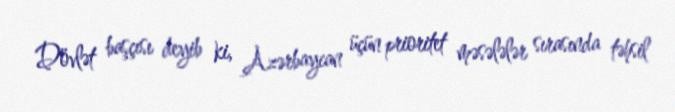
Dövlət başçısı deyib ki, Azərbaycan üçün prioritet məsələlər sırasında təhsil